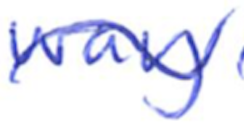
Text: way
Cross-out: wave
Writing tool: ballpoint